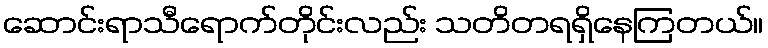
ဆောင်းရာသီရောက်တိုင်းလည်း သတိတရရှိနေကြတယ်။